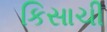
કિસાચી